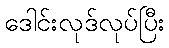
ဒေါင်းလုဒ်လုပ်ပြီး